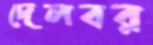
দেলবর